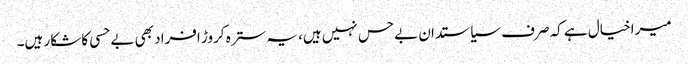
میرا خیال ہے کہ صرف سیاستدان بےحس نہیں ہیں، یہ سترہ کروڑ افراد بھی بےحسی کا شکار ہیں۔